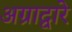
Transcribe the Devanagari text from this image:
अग्राद्वारे